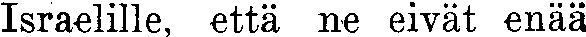
Israelille, että ne eivät enää